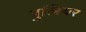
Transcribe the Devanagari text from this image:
पुलियर